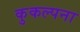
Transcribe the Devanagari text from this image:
कुकल्पना